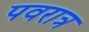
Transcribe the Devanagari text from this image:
पवरात्र